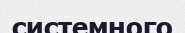
системного